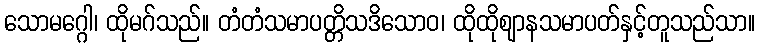
သောမဂ္ဂေါ၊ ထိုမဂ်သည်။ တံတံသမာပတ္တိသဒိသောဝ၊ ထိုထိုဈာနသမာပတ်နှင့်တူသည်သာ။